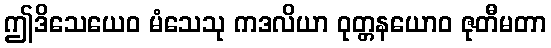
ဤဒိသေယေဝ မံသေသု ကဒလိယာ ဝုတ္တနယောဝ ဇုတီမတာ